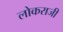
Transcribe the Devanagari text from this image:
लोकराजी